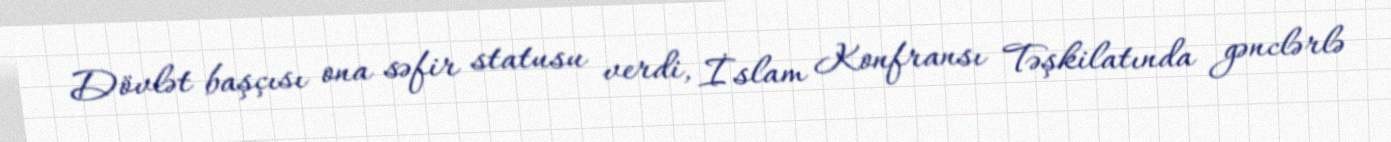
Dövlət başçısı ona səfir statusu verdi, İslam Konfransı Təşkilatında gənclərlə